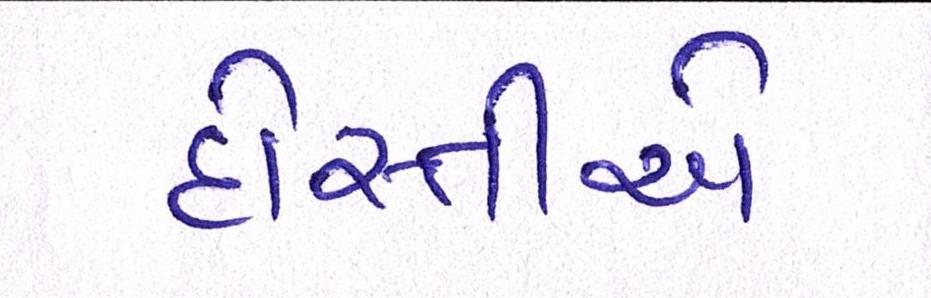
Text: દોસ્તીએ